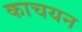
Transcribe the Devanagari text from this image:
काचयन